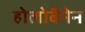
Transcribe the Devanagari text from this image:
होलोबैनेन